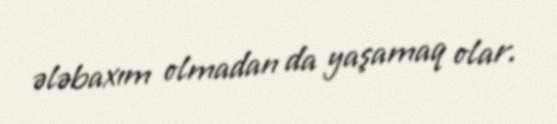
ələbaxım olmadan da yaşamaq olar.